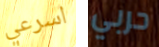
اسرعي حربي